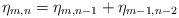
LaTeX: \begin{align*}\eta_{m,n} = \eta_{m,n-1} + \eta_{m-1,n-2}\end{align*}